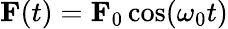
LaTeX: \textbf{F}(t)=\textbf{F}_{0}\cos(\omega_{0}t)